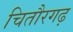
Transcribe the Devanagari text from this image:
चितौरगढ़